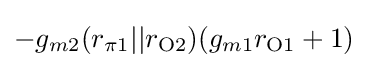
-g_{m2}(r_{\pi 1}||r_{{\text{O}}2})(g_{m1}r_{{\text{O}}1}+1)